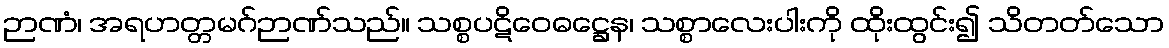
ဉာဏံ၊ အရဟတ္တမဂ်ဉာဏ်သည်။ သစ္စပဋိဝေဓဋ္ဌေန၊ သစ္စာလေးပါးကို ထိုးထွင်း၍ သိတတ်သော